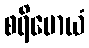
စရိမောယံ